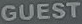
GUEST